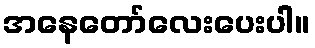
အနေတော်လေးပေးပါ။